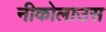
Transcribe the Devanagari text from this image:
नीकोलाउस